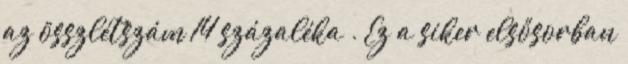
az összlétszám 14 százaléka . Ez a siker elsősorban